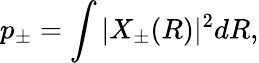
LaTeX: p_{\pm}=\int|X_{\pm}(R)|^{2}dR,